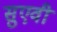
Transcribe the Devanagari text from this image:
सुएवी